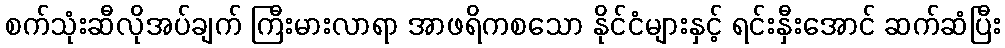
စက်သုံးဆီလိုအပ်ချက် ကြီးမားလာရာ အာဖရိကစသော နိုင်ငံများနှင့် ရင်းနှီးအောင် ဆက်ဆံပြီး